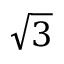
\sqrt { 3 }